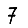
Digit: 7